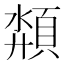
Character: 頮